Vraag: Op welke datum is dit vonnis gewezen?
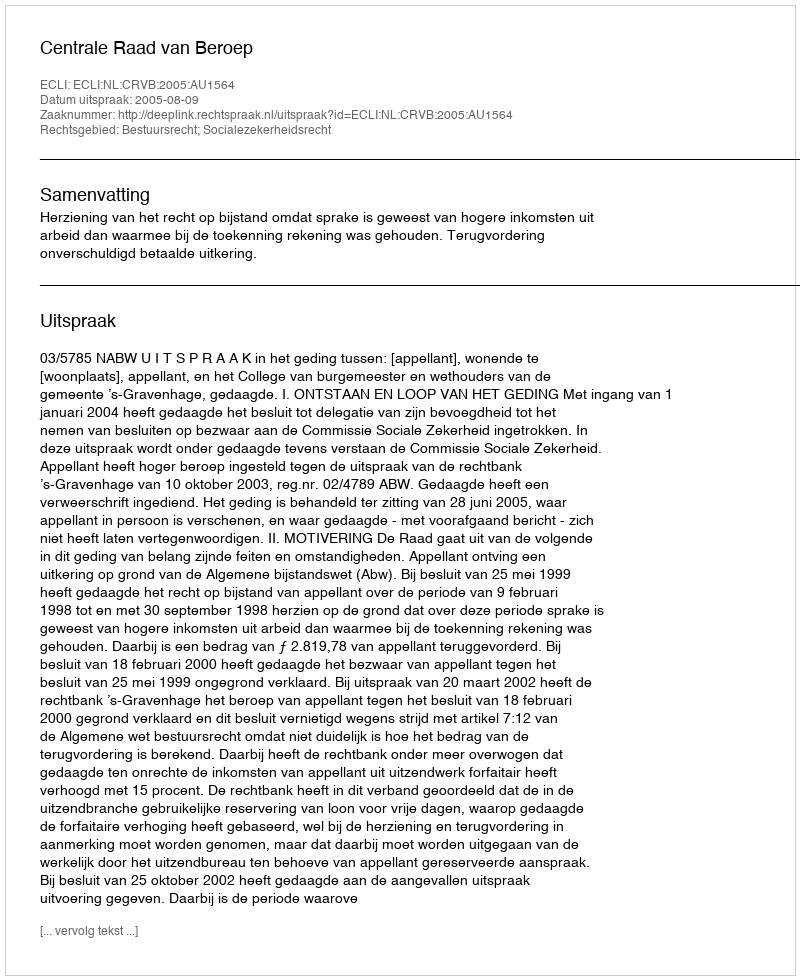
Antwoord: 2005-08-09